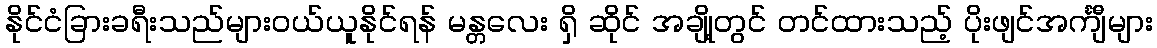
နိုင်ငံခြားခရီးသည်များဝယ်ယူနိုင်ရန် မန္တလေး ရှိ ဆိုင် အချို့တွင် တင်ထားသည့် ပိုးဖျင်အင်္ကျီများ